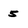
Character: 5